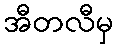
အီတလီမှ